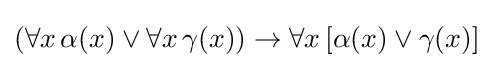
(\forall x\,\alpha (x)\lor \forall x\,\gamma (x))\rightarrow \forall x\,[\alpha (x)\lor \gamma (x)]